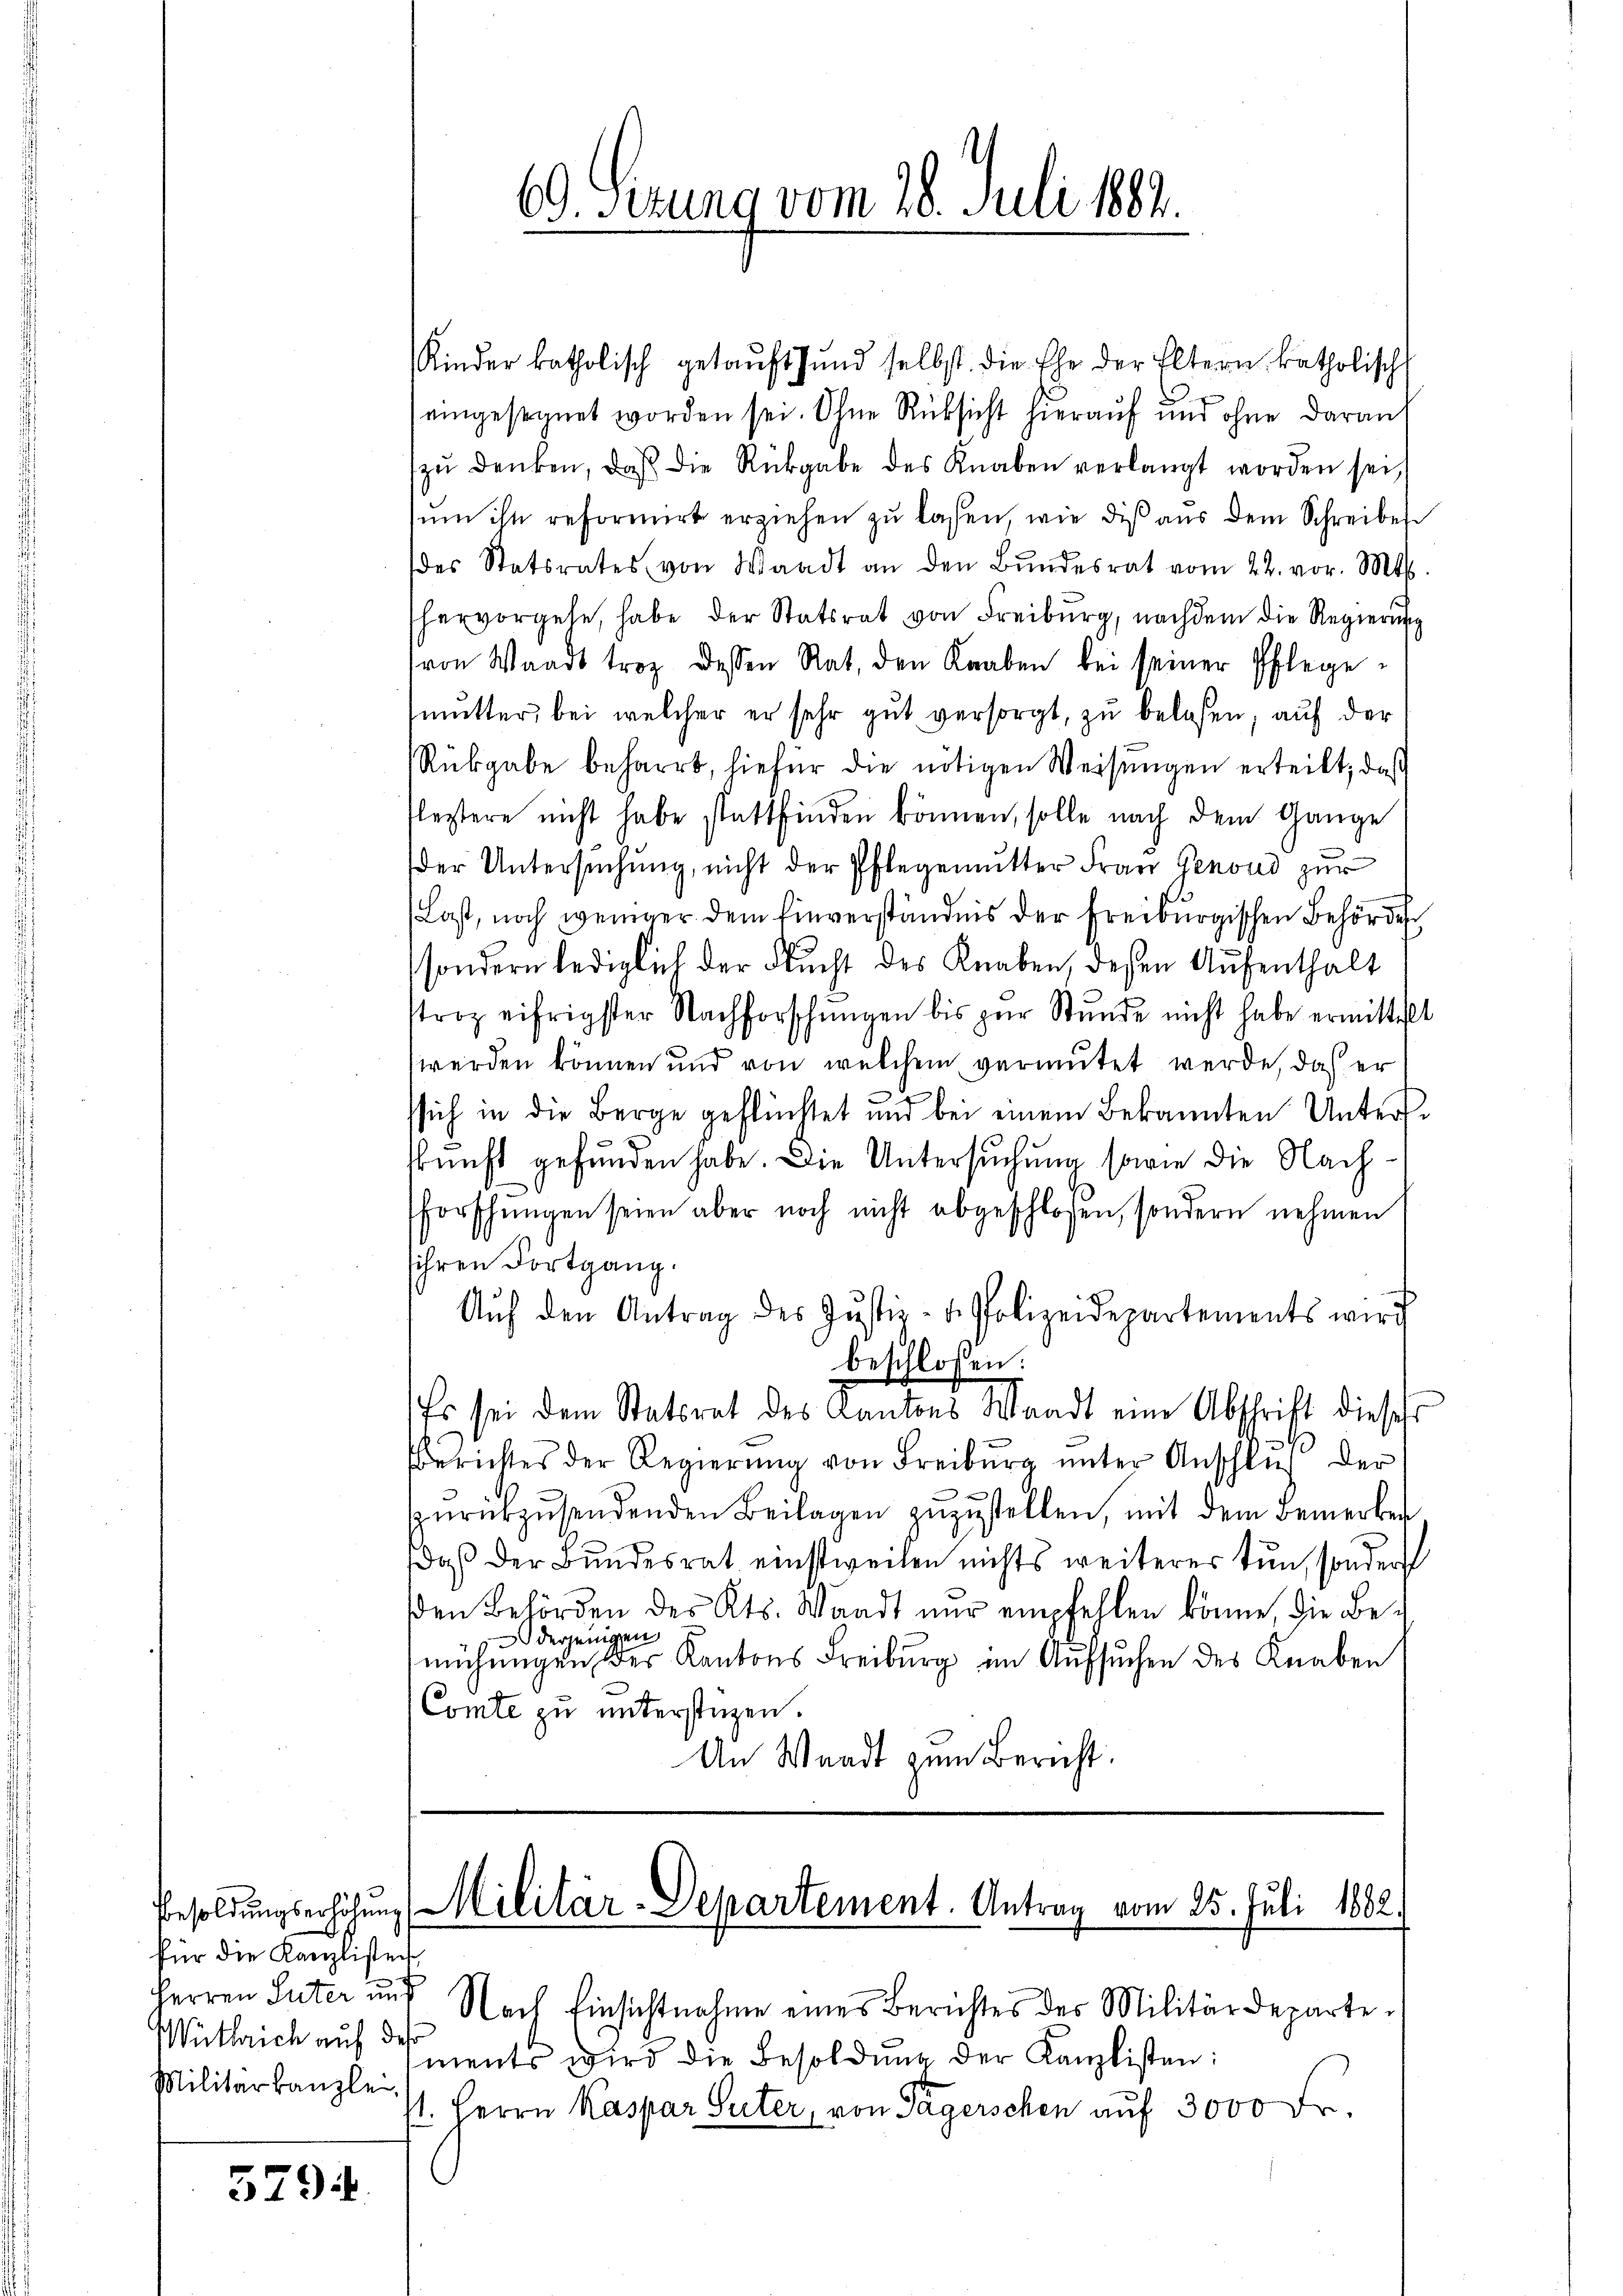
für die Kanzlisten,
Mitberich auf des
Militärkanzlei,

5794.

Kinder katholisch getauft und selbst die Ehe der Eltern katholisch
eingesegnet worden sei. Ohne Rücksicht hierauf und ohne daran
zŭ denken, daβ die Rückgabe des Knaben verlangt worden sei,
sum ihn reformirt erziehen zu lassen, wie dis aus dem Schreibes
des Statsrates von Waadt an den Bŭndesrat vom 22. vor. Mts.
hervorgehe, habe der Statsrat von Freiburg, nachdem die Regierung
(von Waadt trotz dessen Rat, den Knaben bei seiner Pflegemutter, bei welcher er sehr gut versorgt, zu belesen, auf der
Rükgabe beharrt, hiefür die nötigen Weisŭngen erteilt, daß
fleztere nicht habe stattfinden können, solle nach dem Gange
der Untersuchung, nicht der Pflegemutter Frau Genoud zur
Last, noch weniger dem Einverständnis der Freiburgischen Behörde
sondern lediglich der Flucht des Knaben, deßen Aufenthalt
strop eifrigster Nachforschungen bis zur Stunde nicht habe ermittelt
werden können und von welchem vermutet werde, daß er
ssich in die Berge geflüchtet und bei einem Bekannten Unters-
skunft gefunden habe. Die Untersuchung sowie die Nachforschŭngen seien aber noch nicht abgeschlossen, sondern nehmen
ihren Fortgang.
Aŭf den Antrag des Jŭstiz- u. Polizeidepartements wird
beschlossen:
Es sei dem Statsrat des Cantons Waadt eine Abschrift diesess
Berichtes der Regierŭng von Freibŭrg ŭnter Anschlŭβ der
zŭrückzŭsendenden Beilagen zŭzŭstellen, mit dem Bemerken
daß der Bundesrat einstweilen nichts weiterer tun, sonders
den Behörden des Kts. Waadt nŭr empfehlen könne, die Be-
derjenigen
mchungen der Kantons Freiburg im Aufsuchen des Knaben
Comte zu unterstüzen.
An Waadt zum Bericht.

69. Sizung vom 28. Juli 1882.

Besoldungserhöhung Militär-Departement. Antrag vom 25. Juli 1882.

Herren Suter und Nach Einsichtnahme eines Berichtes des Militärdeparte
ments wird die Besoldung der Kanzlisten:
/1. Herrn Kaspar Suter, von Tägerschen auf 3000 Fr.